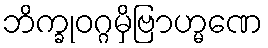
ဘိက္ခုဝဂ္ဂမှိဗြာဟ္မဏေ